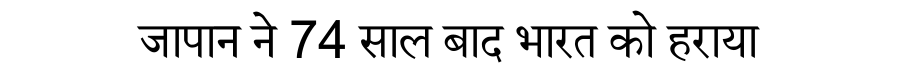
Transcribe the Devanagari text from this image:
जापान ने 74 साल बाद भारत को हराया